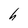
Character: h